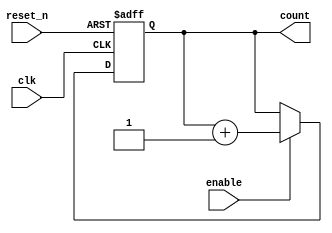
module async_counter #(
    parameter N = 4 // Default to 4 bits, can be configured
)(
    input wire clk,          // Clock input
    input wire reset_n,      // Active-low asynchronous reset
    input wire enable,       // Enable input (optional)
    output reg [N-1:0] count // Output count
);

// Asynchronous reset and counting logic
always @(posedge clk or negedge reset_n) begin
    if (!reset_n) begin
        count <= 0; // Reset count to 0 when reset_n is low
    end else if (enable) begin
        count <= count + 1; // Increment count on clock edge if enabled
    end
end

endmodule